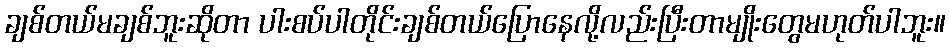
ချစ်တယ်မချစ်ဘူးဆိုတာ ပါးစပ်ပါတိုင်းချစ်တယ်ပြောနေလို့လည်းပြီးတာမျိုးတွေမဟုတ်ပါဘူး။